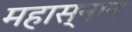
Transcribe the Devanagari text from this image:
महास्नान